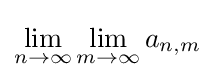
\lim _{n\to \infty }\lim _{m\to \infty }a_{n,m}